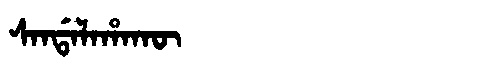
Manchu: ᠰᠠᠨᡩᠠᠯᠠᡥᠠᡴᡡ
Romanization: SANDALAHAKŪ